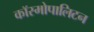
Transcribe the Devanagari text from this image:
कॉस्मोपालिटन